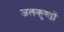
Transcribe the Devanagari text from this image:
जलकुण्डों